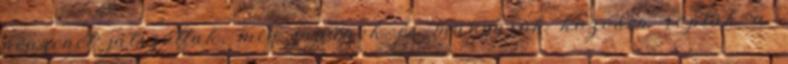
népzenét játszottak, míg japánok és magyarok közösen ropták a